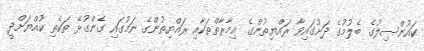
ކައުންސިލުގެ ބެލުމުގެ ދަށުގައިވާ ރައްޔިތުންގެ ޢިމާރާތްތަކާއި ރައްޔިތުންގެ ނަމުގައި ގެންގުޅޭ ތަކެތި ކުއްޔަށްދީ